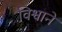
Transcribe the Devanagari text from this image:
विश्वाने